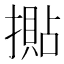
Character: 𢵚